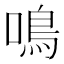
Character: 鳴